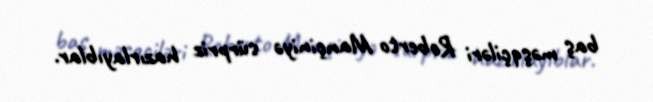
baş məşqçiləri Roberto Mançiniyə sürpriz hazırlayıblar.